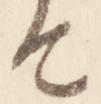
由